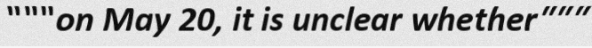
"""on May 20, it is unclear whether"""